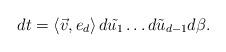
LaTeX: \begin{align*}dt=\left<\vec{v},e_d\right>d\tilde{u_1}\dots d\tilde{u}_{d-1}d\beta.\end{align*}